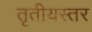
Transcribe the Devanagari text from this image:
तृतीयस्तर